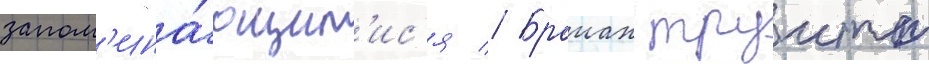
запом'ина́ющим'ис'я // Браиан труитт